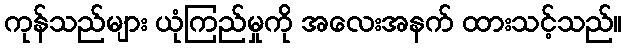
ကုန်သည်များ ယုံကြည်မှုကို အလေးအနက် ထားသင့်သည်။